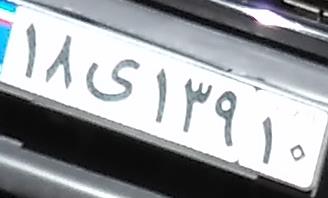
۱۸ی۱۳۹۱۰